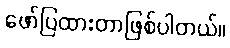
ဖော်ပြထားတာဖြစ်ပါတယ်။